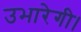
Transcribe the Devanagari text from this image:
उभारेगी।